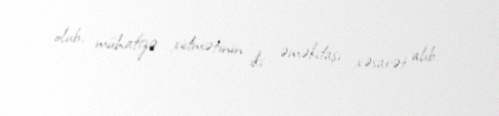
olub, mühafizə xidmətinin iki əməkdaşı xəsarət alıb.